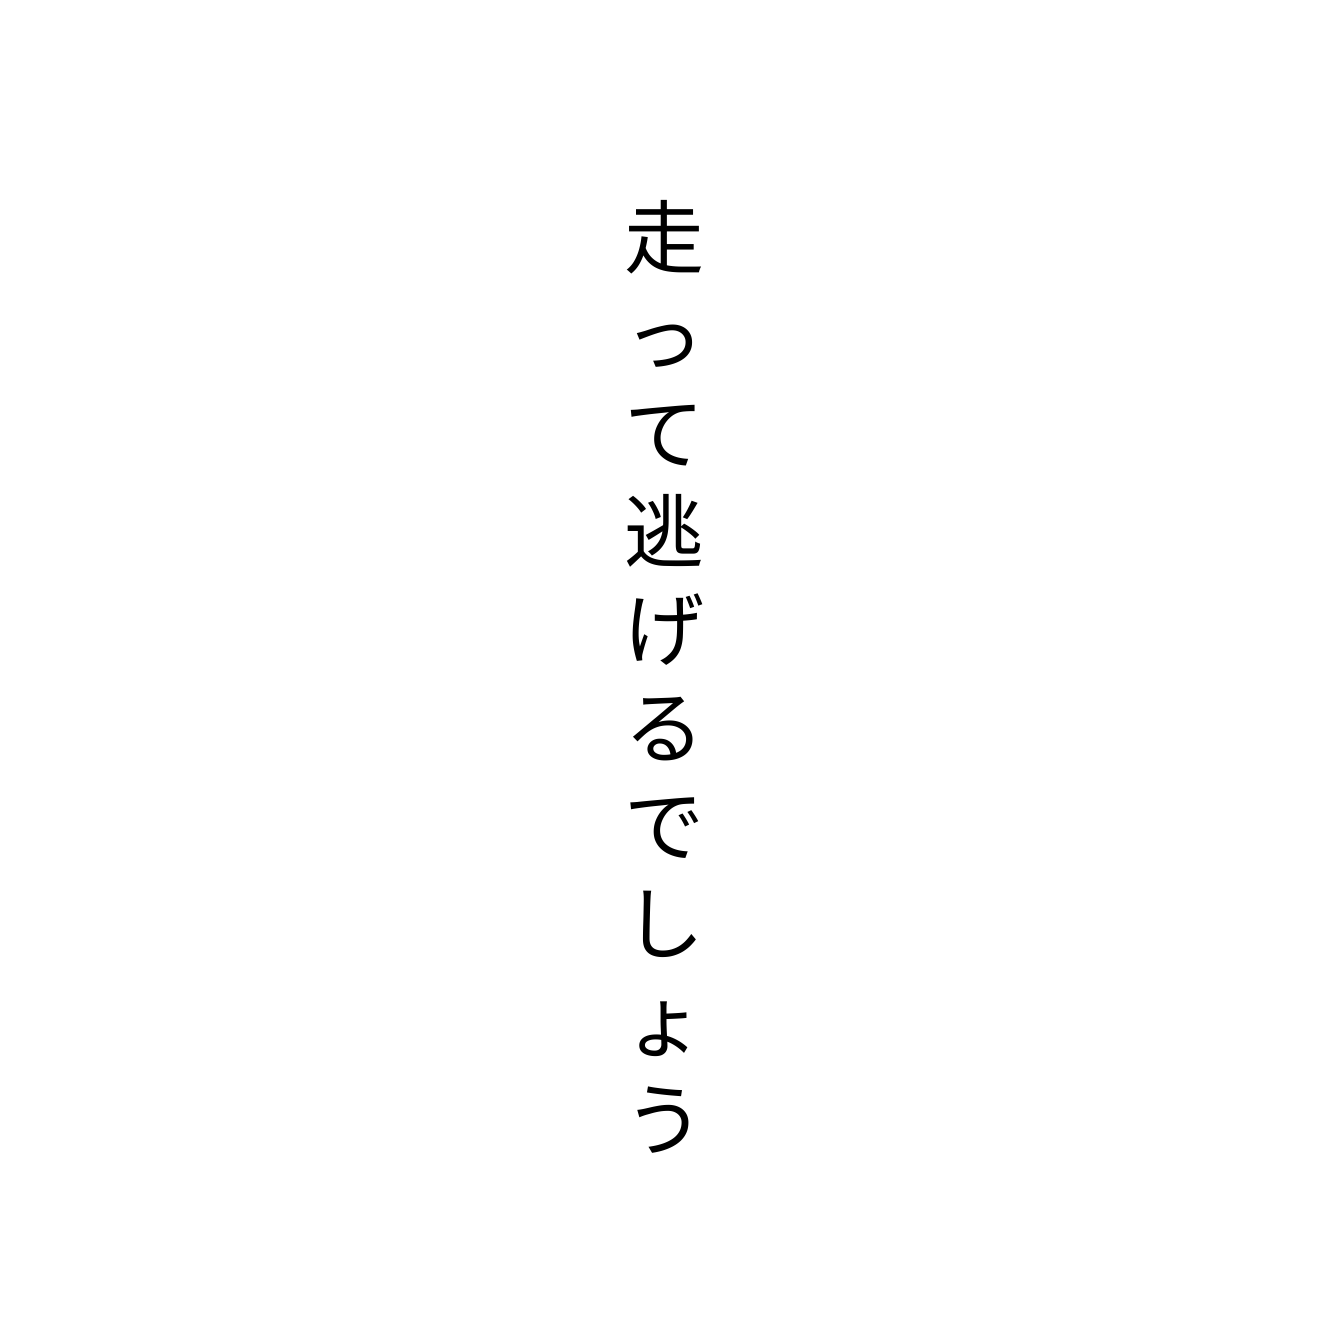
走って逃げるでしょう